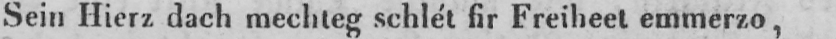
Sein Hierz dach mechteg schlét fir Freiheet emmerzo,